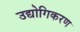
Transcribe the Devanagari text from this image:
उद्योगिकरण